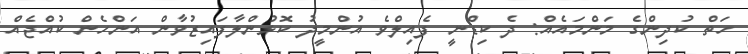
ހަތް ކުދިންގެ މަންމައެއް: ދެ ކިޑްނީ ފެއިލްވެ އުންމީދު ކޮޅުންލާފައިޒުވާން އަންހެން ކުއްޖެއް